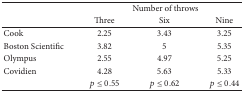
|  | <COLSPAN=3> Number of throws |
 |  | Three | Six | Nine |
 | --- | --- | --- | --- |
 | Cook | 2.25 | 3.43 | 3.25 |
 | Boston Scientific | 3.82 | 5 | 5.35 |
 | Olympus | 2.55 | 4.97 | 5.25 |
 | Covidien | 4.28 | 5.63 | 5.33 |
 |  | p ≤ 0.55 | p ≤ 0.62 | p ≤ 0.44 |